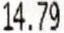
14.79